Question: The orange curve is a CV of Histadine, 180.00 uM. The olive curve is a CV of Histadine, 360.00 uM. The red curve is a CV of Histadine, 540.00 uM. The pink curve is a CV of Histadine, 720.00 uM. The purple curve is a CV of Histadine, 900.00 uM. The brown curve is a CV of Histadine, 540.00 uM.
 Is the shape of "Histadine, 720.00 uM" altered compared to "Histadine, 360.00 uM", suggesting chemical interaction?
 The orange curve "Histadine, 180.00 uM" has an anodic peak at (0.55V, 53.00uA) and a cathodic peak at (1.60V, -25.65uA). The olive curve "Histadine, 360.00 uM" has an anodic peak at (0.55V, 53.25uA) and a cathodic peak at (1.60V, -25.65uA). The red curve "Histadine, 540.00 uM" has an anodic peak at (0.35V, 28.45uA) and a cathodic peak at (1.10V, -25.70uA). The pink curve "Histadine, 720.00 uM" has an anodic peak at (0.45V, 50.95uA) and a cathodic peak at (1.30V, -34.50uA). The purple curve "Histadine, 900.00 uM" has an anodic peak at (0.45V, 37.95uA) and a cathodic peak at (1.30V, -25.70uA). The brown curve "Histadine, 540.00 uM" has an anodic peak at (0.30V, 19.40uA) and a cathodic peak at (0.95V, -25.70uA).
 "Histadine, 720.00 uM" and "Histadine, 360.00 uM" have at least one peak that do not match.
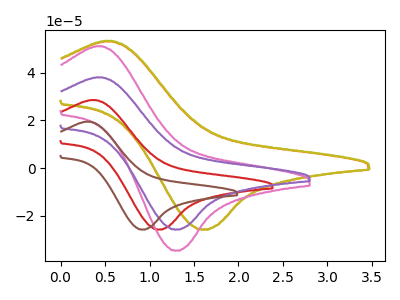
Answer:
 <answer>Yes, "Histadine, 720.00 uM" and "Histadine, 360.00 uM" are different in shape.</answer>
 <eval>yes_change</eval>